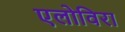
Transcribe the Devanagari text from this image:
एलोविरा